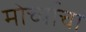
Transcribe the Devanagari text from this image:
मोर्च्याचा